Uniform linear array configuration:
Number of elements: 48
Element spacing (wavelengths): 0.25
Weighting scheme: binomial
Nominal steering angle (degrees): -15
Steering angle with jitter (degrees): -16.744
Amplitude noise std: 0.05
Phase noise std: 0.05

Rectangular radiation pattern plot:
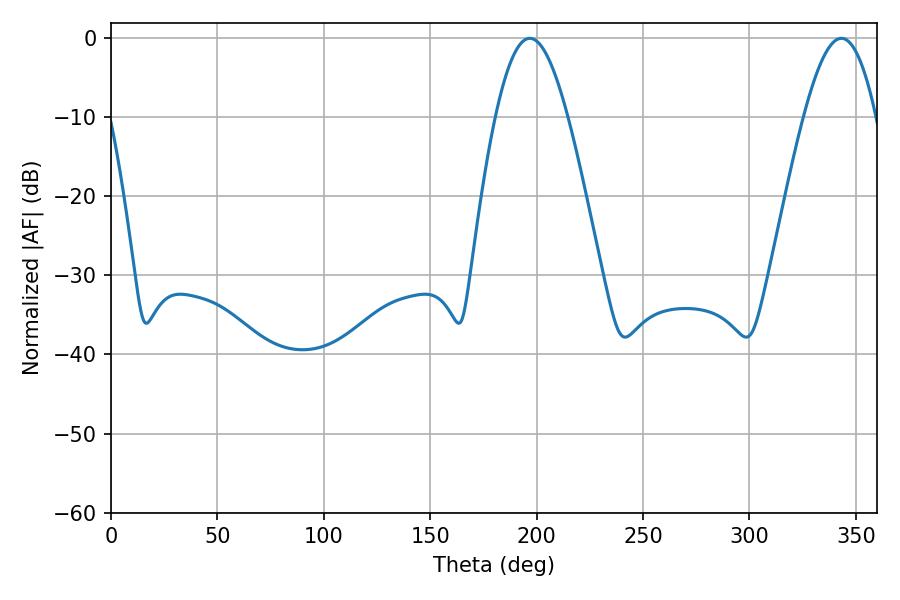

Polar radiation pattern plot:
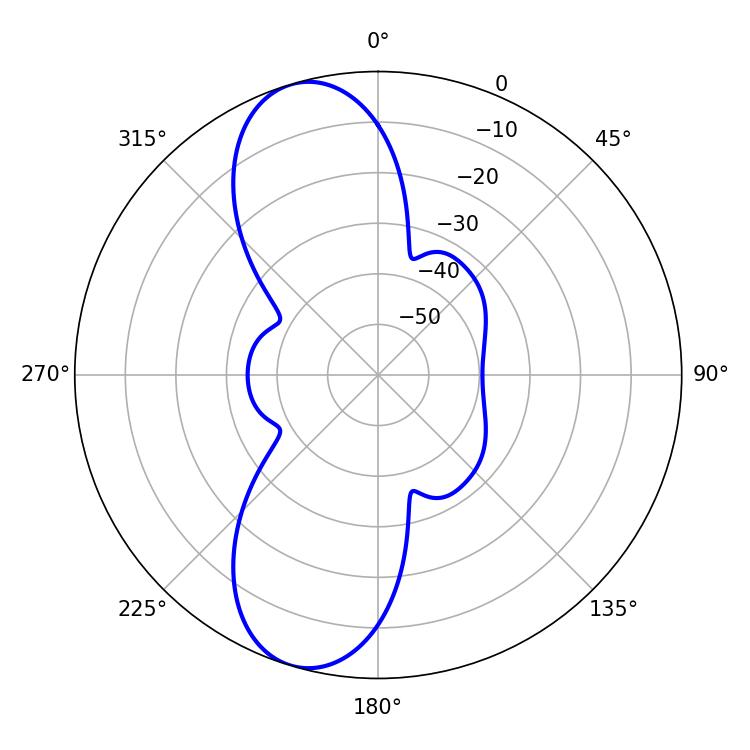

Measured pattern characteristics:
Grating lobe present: FALSE
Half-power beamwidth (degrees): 18.36
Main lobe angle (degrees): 196.74